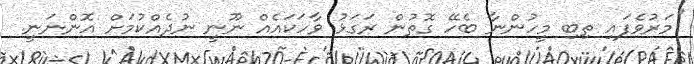
''މަރުވެފައި ތިބި މީހުންނާ ބެހޭ ގޮތުން ރަގަޅު ވާހަކައެއް ނޫނީ ނުދެއްކުމަށް އޮންނަނީ.